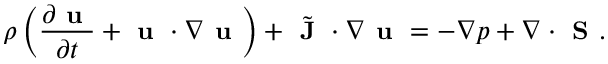
\small \rho \left( \frac { \partial \textbf { u } } { \partial t } + \textbf { u } \cdot \nabla \textbf { u } \right) + \Tilde { \textbf { J } } \cdot \nabla \textbf { u } = - \nabla p + \nabla \cdot \textbf { S } .